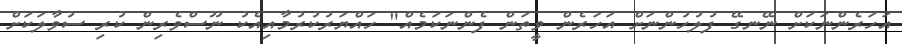
އަހަރެންނަކަށް ނޭނގޭ ފުލުހުންނަށް އަހަރެން ވީތަން ފެންނަކަމެއް" ހައްޔަރުކުރުމާއިއެކު ނޫސްވެރިން ކުރި ސުވާލަކަށް